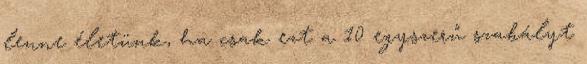
lenne életünk, ha csak ezt a 10 egyszerű szabályt